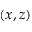
( x , z )